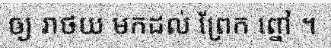
ឲ្យ រាថយ មកដល់ ព្រែក ព្នៅ ។